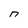
Character: n